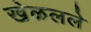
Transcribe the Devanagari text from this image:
खेळलले